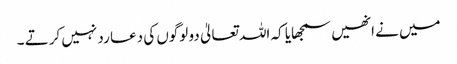
میں نے انھیں سمجھایا کہ اللہ تعالیٰ دو لوگوں کی دعا رد نہیں کرتے ۔